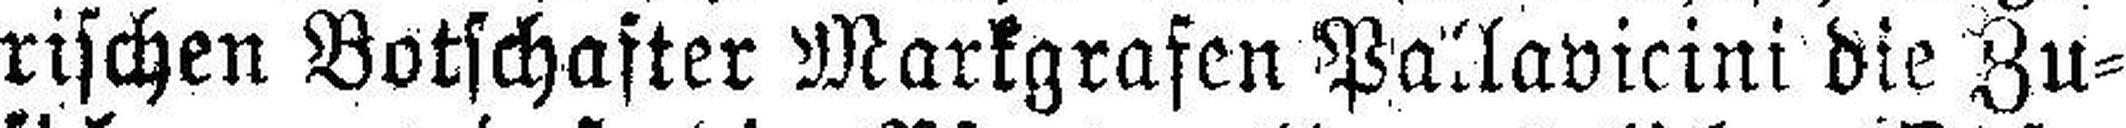
rischen Botschafter Markgrafen Pallavicini die Zu¬